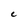
Character: C